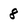
Character: 8